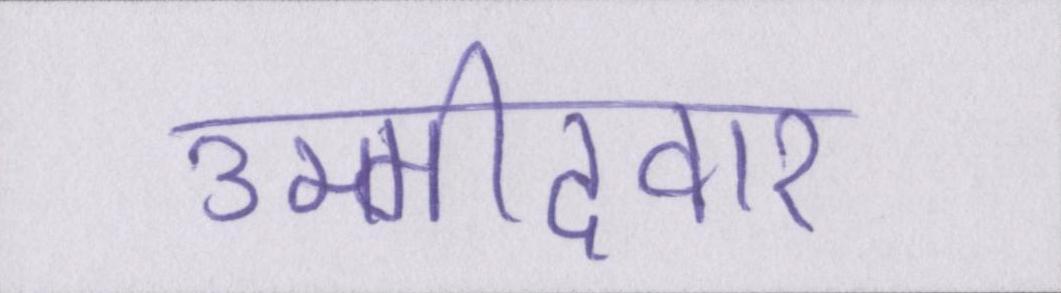
उम्मीदवार